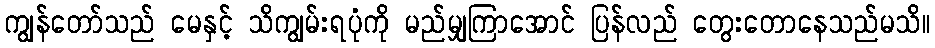
ကျွန်တော်သည် မေနှင့် သိကျွမ်းရပုံကို မည်မျှကြာအောင် ပြန်လည် တွေးတောနေသည်မသိ။